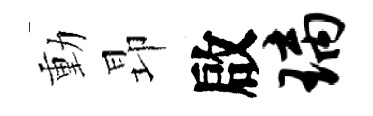
動昻啟璃